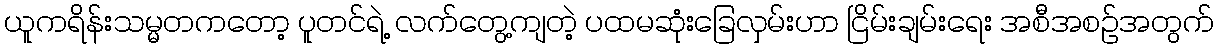
ယူကရိန်းသမ္မတကတော့ ပူတင်ရဲ့ လက်တွေ့ကျတဲ့ ပထမဆုံးခြေလှမ်းဟာ ငြိမ်းချမ်းရေး အစီအစဉ်အတွက်